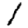
Digit: 1